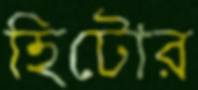
হিটোর